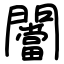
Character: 闣